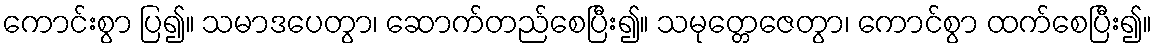
ကောင်းစွာ ပြ၍။ သမာဒပေတွာ၊ ဆောက်တည်စေပြီး၍။ သမုတ္တေဇေတွာ၊ ကောင်စွာ ထက်စေပြီး၍။